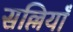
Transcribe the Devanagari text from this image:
सल्लियाँ